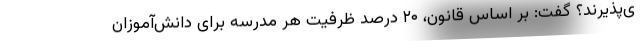
ی‌پذیرند؟ گفت: بر اساس قانون، ۲۰ درصد ظرفیت هر مدرسه برای دانش‌آموزان